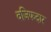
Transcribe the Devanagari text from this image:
वजि़फदार